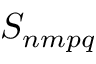
S _ { n m p q }